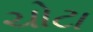
ચોટા